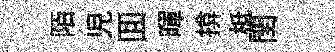
陌児囬暉揜柢閏